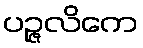
ပဉ္ဇလိကေ